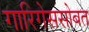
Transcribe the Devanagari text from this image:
गारिगेससोबत